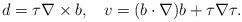
LaTeX: \begin{align*}d=\tau\nabla\times b,\;\;\;v=(b\cdot\nabla)b + \tau\nabla\tau.\end{align*}